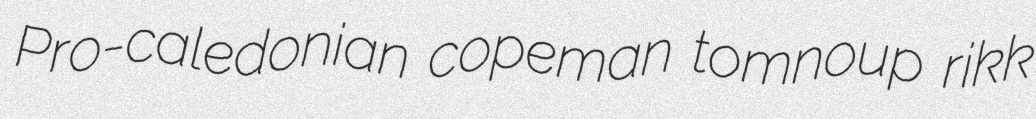
Pro-caledonian copeman tomnoup rikk